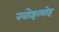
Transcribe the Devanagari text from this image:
खोइखोइ